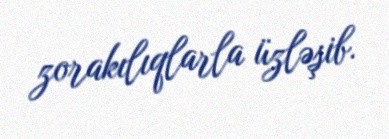
zorakılıqlarla üzləşib.